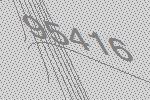
95416